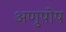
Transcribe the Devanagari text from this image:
अणुपोष